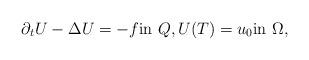
LaTeX: \begin{align*}\partial_t U - \Delta U =-f\hbox{in~}Q, U(T)=u_0\hbox{in~}\Omega,\end{align*}